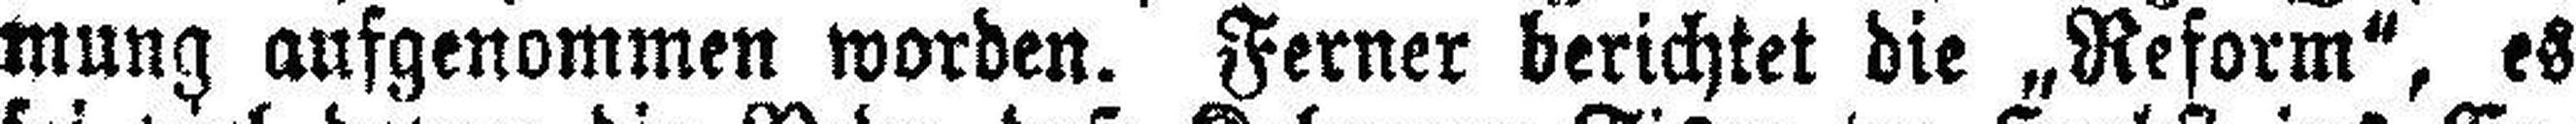
mung aufgenommen worden. Ferner berichtet die „Reform“, es